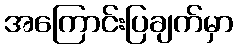
အကြောင်းပြချက်မှာ